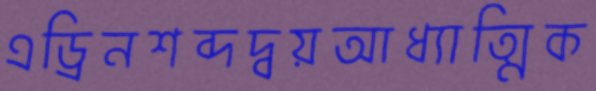
এড্রিনশব্দদ্বয়আধ্যাত্মিক